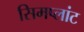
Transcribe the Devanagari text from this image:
सिमप्लांट